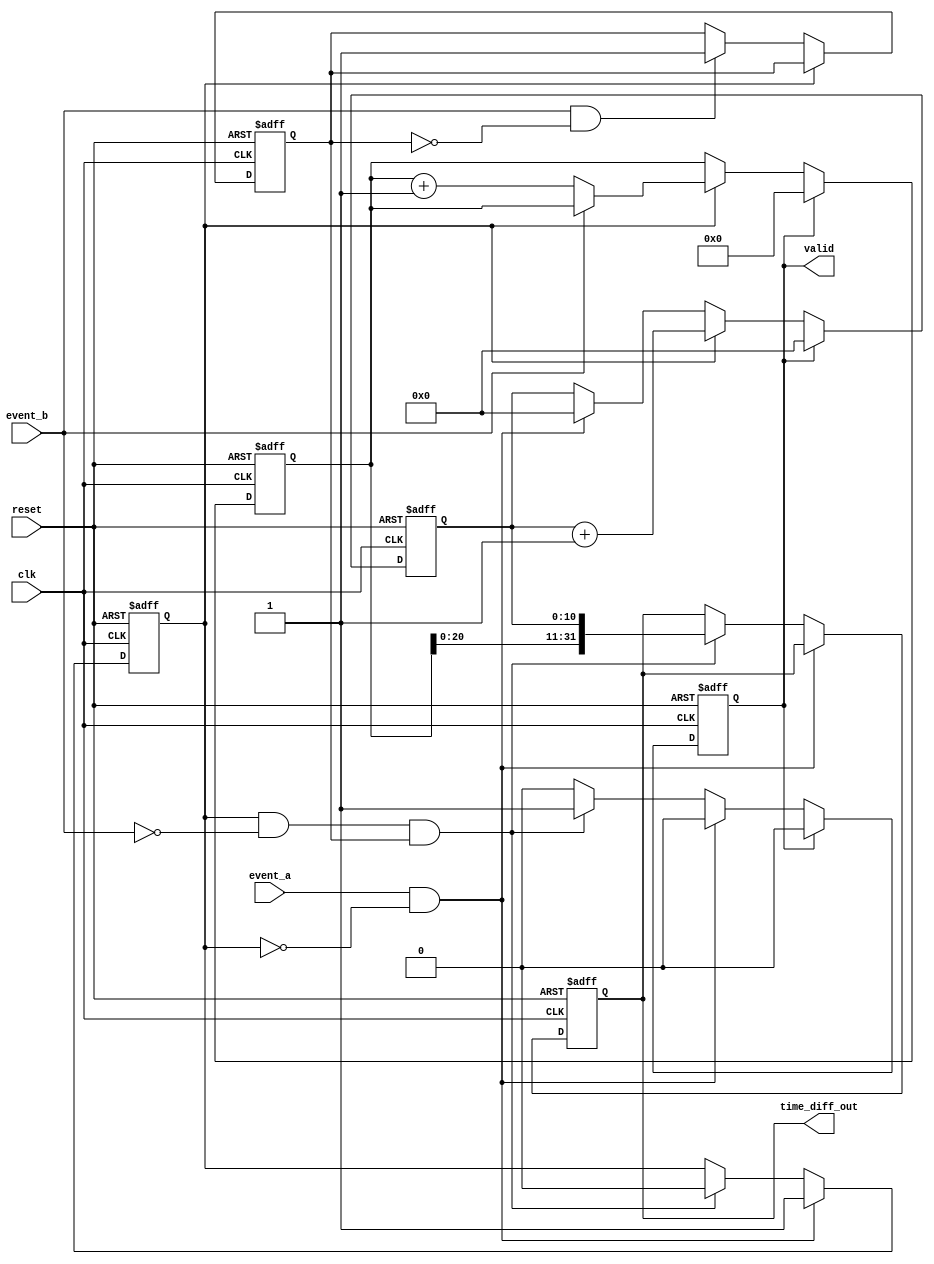
module tdc_resolution_improvement (
    input clk,                 // High-frequency clock
    input reset,               // Asynchronous reset
    input event_a,            // Input event channel A
    input event_b,            // Input event channel B
    output reg [31:0] time_diff_out,  // Output time difference
    output reg valid           // Output valid signal
);

// Coarse counter
reg [31:0] coarse_counter;
reg event_a_detected, event_b_detected;

// Fine resolution variables
reg [10:0] fine_timer;       // Fine timer (11 bits for fine resolution)
reg fine_measurement_ready;   // Flag indicating fine measurement is ready

// Initialize registers
always @(posedge clk or posedge reset) begin
    if (reset) begin
        coarse_counter <= 0;
        time_diff_out <= 0;
        valid <= 0;
        event_a_detected <= 0;
        event_b_detected <= 0;
        fine_timer <= 0;
        fine_measurement_ready <= 0;
    end else begin
        if (event_a && !event_a_detected) begin
            event_a_detected <= 1;
            coarse_counter <= coarse_counter; // Hold the counter value
            fine_timer <= 0; // Start fine timer
        end else if (event_a_detected && !event_b && event_b_detected) begin
            event_a_detected <= 0; // Reset for next measurement
            time_diff_out <= {coarse_counter, fine_timer}; // Combine coarse and fine
            valid <= 1; // Mark output valid
        end
        
        // Count
        if (event_a_detected) begin
            if (!event_b) begin
                coarse_counter <= coarse_counter + 1; // Increment on clock
            end
        end else if (event_b && !event_b_detected) begin
            event_b_detected <= 1; // Event B detected, stop counting
        end
        
        // Update fine timer while event A is detected
        if (event_a_detected) begin
            fine_timer <= fine_timer + 1; // Increment fine timer for resolution
        end
        
        // Reset the valid flag after reading
        if (valid) begin
            valid <= 0; // Reset valid flag
            coarse_counter <= 0; // Reset coarse counter for next measurement
            fine_timer <= 0; // Reset fine timer for next measurement
        end        
    end
end

endmodule